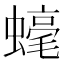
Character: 𧐢